system: You are a helpful assistant.
user:
Analyze the provided spectrum to determine if it is a **White Dwarf (WD)**.

A White Dwarf spectrum is defined by its **extreme purity** (due to gravitational settling) and/or **extreme pressure broadening** (due to high surface gravity). You must check for one of the following mutually exclusive signatures:

- **Key Visual Indicators (Check for ONE of these types):**

    - **1. DA-Type Signature (Most Common):**
        - **(Primary Feature):** Extreme pressure broadening (Stark broadening) of the **Hydrogen (H) Balmer lines**.
        - **(Key Lines):** $H\beta$ (approx. $4861$ Å) and $H\gamma$ (approx. $4340$ Å). $H\alpha$ (approx. $6563$ Å) will also be present if the wavelength range covers it.
        - **(Line Profile):** This is the **defining feature**. The lines are **NOT** sharp. They appear as massive, **extremely broad and deep "troughs" or "dips"** in the spectrum, often hundreds of Ångströms wide. The continuum will appear to "scoop" down at these wavelengths.
        - **(Distinction):** Normal A-type or B-type stars have *narrow* and *sharp* Hydrogen lines. A DA White Dwarf's lines are unmistakably "smeared" or "blurry" from pressure.

    - **2. DB-Type Signature:**
        - **(Primary Feature):** Broad absorption lines from **Neutral Helium (He I)**. The spectrum must lack any visible Hydrogen lines.
        - **(Key Lines):** Look for broad absorption near $4471$ Å, $4921$ Å, and $5876$ Å.
        - **(Line Profile):** These lines are also significantly pressure-broadened, appearing much wider than they would in a normal B-type main-sequence star.

    - **3. DC-Type Signature:**
        - **(Primary Feature):** A **featureless continuous spectrum**.
        - **(Line Profile):** The spectrum is a smooth curve with **no significant absorption or emission lines**.
        - **(Key Confirmation):** The continuum is almost always **blue or white**, indicating a hot object. This signature implies the atmosphere is so pure (or so cool) that no spectral lines are visible in the optical range. Its WD identity is confirmed by its extremely low intrinsic brightness (high absolute magnitude).

    - **4. DZ-Type Signature (Metal-Polluted):**
        - **(Primary Feature):** **Isolated, narrow metal absorption lines** on an otherwise featureless (DC-like) continuum.
        - **(Key Lines):** The **Calcium (Ca II) H & K doublet** (approx. **$3934$ Å** and **$3968$ Å**) is the most common and defining feature.
        - **(Line Profile):** These lines are "out of place." They are *not* part of a "forest" of thousands of lines. This signature is evidence of recent *accretion* (pollution) from rocky debris.
        - **(Distinction):** Normal G/K/M stars have a *dense forest* of thousands of metal lines. A DZ has a *clean* continuum with *only a few* strong metal lines.

    - **5. DQ-Type Signature (Carbon-Polluted):**
        - **(Primary Feature):** Absorption bands from **Carbon (C₂ "Swan Bands" or atomic C I)**.
        - **(Key Lines - C₂):** Look for bandheads with a "saw-tooth" shape near $5635$ Å, **$5165$ Å** (strongest), and $4737$ Å.
        - **(Key Confirmation):** The underlying **continuum must be blue or white** (hot).
        - **(Distinction):** This is the critical difference from a **Carbon Star**, which has the *exact same* C₂ bands but on an extremely **red, cool** continuum.

- **(Overall Spectrum):**
    - The continuum (overall shape) is typically **blue-sloping** (brighter in the blue than the red), as most white dwarfs are very hot.
    - The spectrum will look "pure" or "simple," dominated by only *one* of the five signatures listed above.

Think first, call **spectral_visualization_tool** if needed to examine features in detail, then provide your final answer. Your response must adhere to the following strict rules:
1.  **Overall Structure:** Your response must follow the format `<think>...</think> <tool_call>...</tool_call> (if a tool is used) <answer>...</answer>`.
2.  **Tool Usage Constraint:** You may only make **one** tool call per turn.
3.  **Final Answer Format:** In the `<answer>` tag, your conclusion must be inside a `\boxed{}` command (e.g., `\boxed{YES}` or `\boxed{NO}`), followed by your justification.

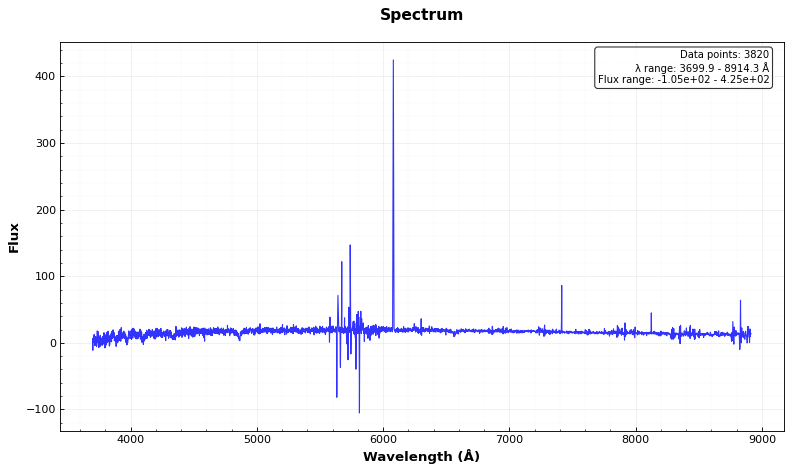
Answer: YES